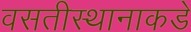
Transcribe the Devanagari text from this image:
वसतीस्थानाकडे